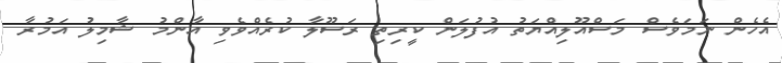
އެހެން ނަމަވެސް މަސްއޫލިއްޔަތު އުފުލަން ކީރިތި ރަސޫލާ ކުރެއްވެވި އާންމު ޝާމިލު އަމުރާ